Indian journal of veterinary science and animal husbandry - Volume 6,
Year: 1936
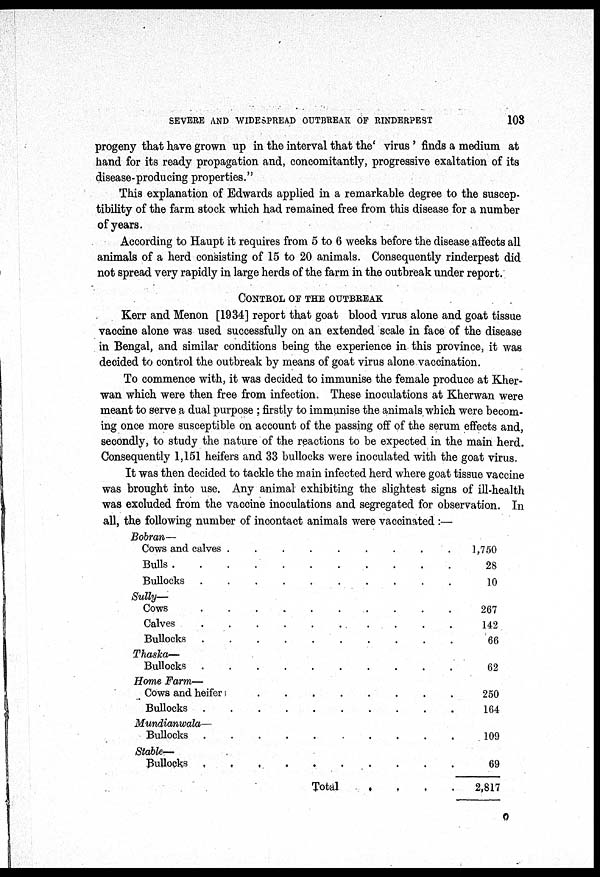
SEVERE AND WIDESPREAD OUTBREAK OF RINDERPEST
103
progeny that have grown up in the interval that the' virus ' finds a medium at
hand for its ready propagation and, concomitantly, progressive exaltation of its
disease-producing properties."
This explanation of Edwards applied in a remarkable degree to the suscep-
tibility of the farm stock which had remained free from this disease for a number
of years.
According to Haupt it requires from 5 to 6 weeks before the disease affects all
animals of a herd consisting of 15 to 20 animals. Consequently rinderpest did
not spread very rapidly in large herds of the farm in the outbreak under report.
CONTROL OF THE OUTBREAK
Kerr and Menon [1934] report that goat blood virus alone and goat tissue
vaccine alone was used successfully on an extended scale in face of the disease
in Bengal, and similar conditions being the experience in this province, it was
decided to control the outbreak by means of goat virus alone vaccination.
To commence with, it was decided to immunise the female produce at Kher-
wan which were then free from infection. These inoculations at Kherwan were
meant to serve a dual purpose ; firstly to immunise the animals which were becom-
ing once more susceptible on account of the passing off of the serum effects and,
secondly, to study the nature of the reactions to be expected in the main herd.
Consequently 1,151 heifers and 33 bullocks were inoculated with the goat virus.
It was then decided to tackle the main infected herd where goat tissue vaccine
was brought into use. Any animal exhibiting the slightest signs of ill-health
was excluded from the vaccine inoculations and segregated for observation. In
all, the following number of incontact animals were vaccinated :—
Bobran—
Cows and calves ........
Bulls ......
Bullocks ........
Sully—
Cows .......
Calves .......
Bullocks .......
Thaska—
Bullocks .......
Home Farm—
Cows and heifer. .....
Bullocks .......
Mundianwala—
Bullocks .......
Stable—
Bullocks .......
Total
1,750
28
10
267
142
66
62
250
164
109
69
2,817